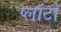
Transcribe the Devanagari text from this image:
प्‍लांटो